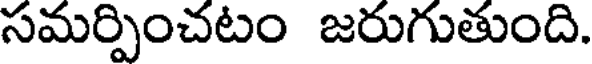
సమర్పించటం జరుగుతుంది.